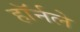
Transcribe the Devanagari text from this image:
हॉर्नले